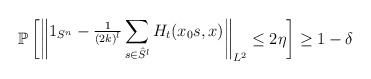
LaTeX: \begin{align*}\mathbb P\begin{bmatrix}\begin{Vmatrix}1_{S^n}-{\frac 1{(2k)^l}}\displaystyle\sum_{s\in {\hat S}^l} H_t(x_0s, x)\end{Vmatrix}_{L^2}\leq 2\eta\end{bmatrix}\geq 1-\delta\end{align*}